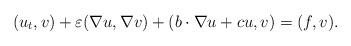
LaTeX: \begin{align*} (u_t,v) +\varepsilon (\nabla u,\nabla v) + (b\cdot\nabla u + cu,v) = (f,v).\end{align*}